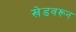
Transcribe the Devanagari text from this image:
खेडवरून